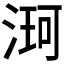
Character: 𮳌